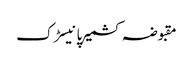
مقبوضہ کشمیرپانیسڑک